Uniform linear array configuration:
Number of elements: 12
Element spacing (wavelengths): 0.25
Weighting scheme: cosine
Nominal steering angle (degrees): -15
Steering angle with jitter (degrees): -16.089
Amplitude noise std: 0.05
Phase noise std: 0.05

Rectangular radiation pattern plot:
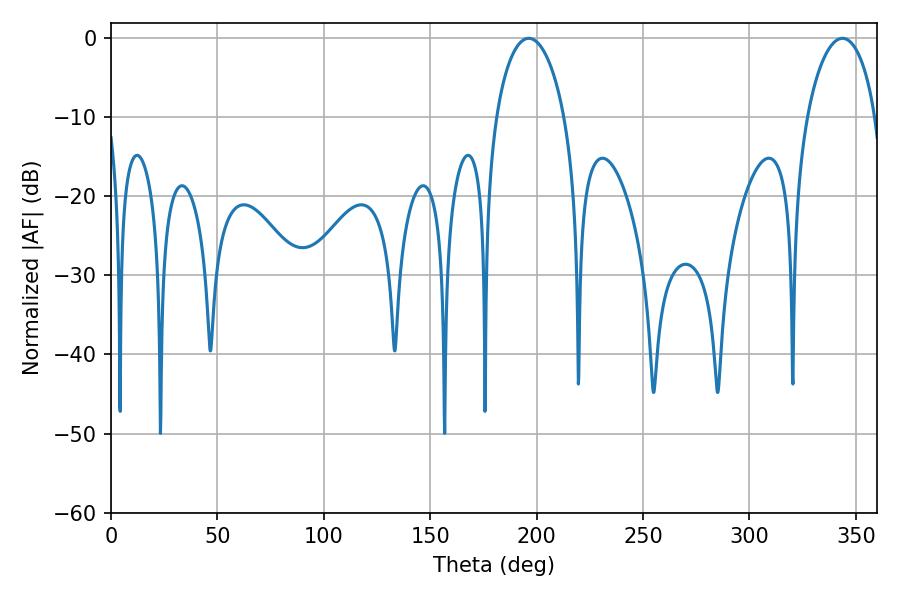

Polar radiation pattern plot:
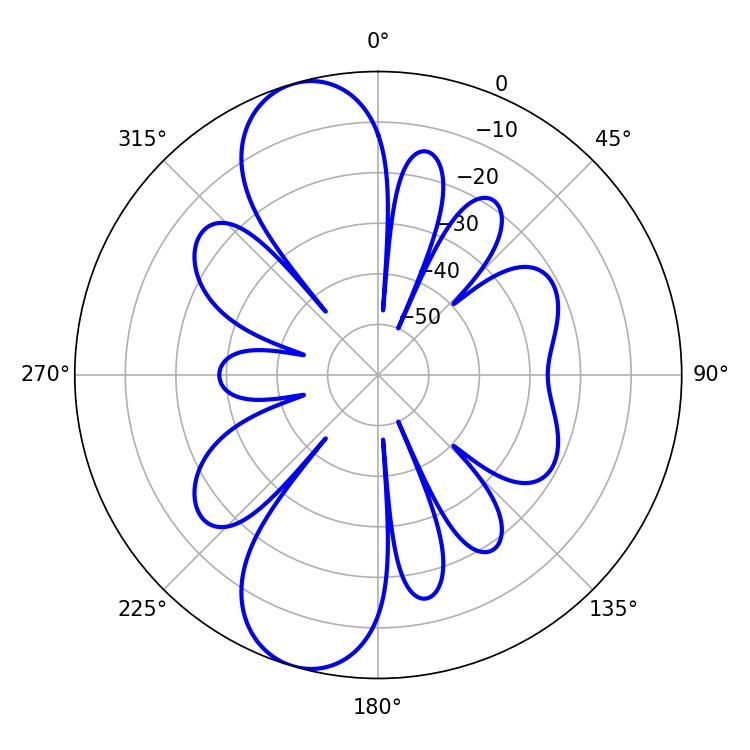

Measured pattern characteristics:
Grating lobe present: FALSE
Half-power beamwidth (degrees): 18.36
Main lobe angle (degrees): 196.2